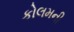
કોલમની